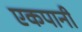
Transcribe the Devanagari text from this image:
एकपानी